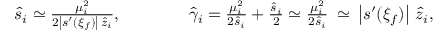
\begin{array} { r } { \hat { s } _ { i } \simeq \frac { \mu _ { i } ^ { 2 } } { 2 \left| s ^ { \prime } ( \xi _ { f } ) \right| \, \hat { z } _ { i } } , \qquad \qquad \hat { \gamma } _ { i } = \frac { \mu _ { i } ^ { 2 } } { 2 \hat { s } _ { i } } + \frac { \hat { s } _ { i } } 2 \simeq \frac { \mu _ { i } ^ { 2 } } { 2 \hat { s } _ { i } } \: \simeq \: \left| s ^ { \prime } ( \xi _ { f } ) \right| \, \hat { z } _ { i } , } \end{array}